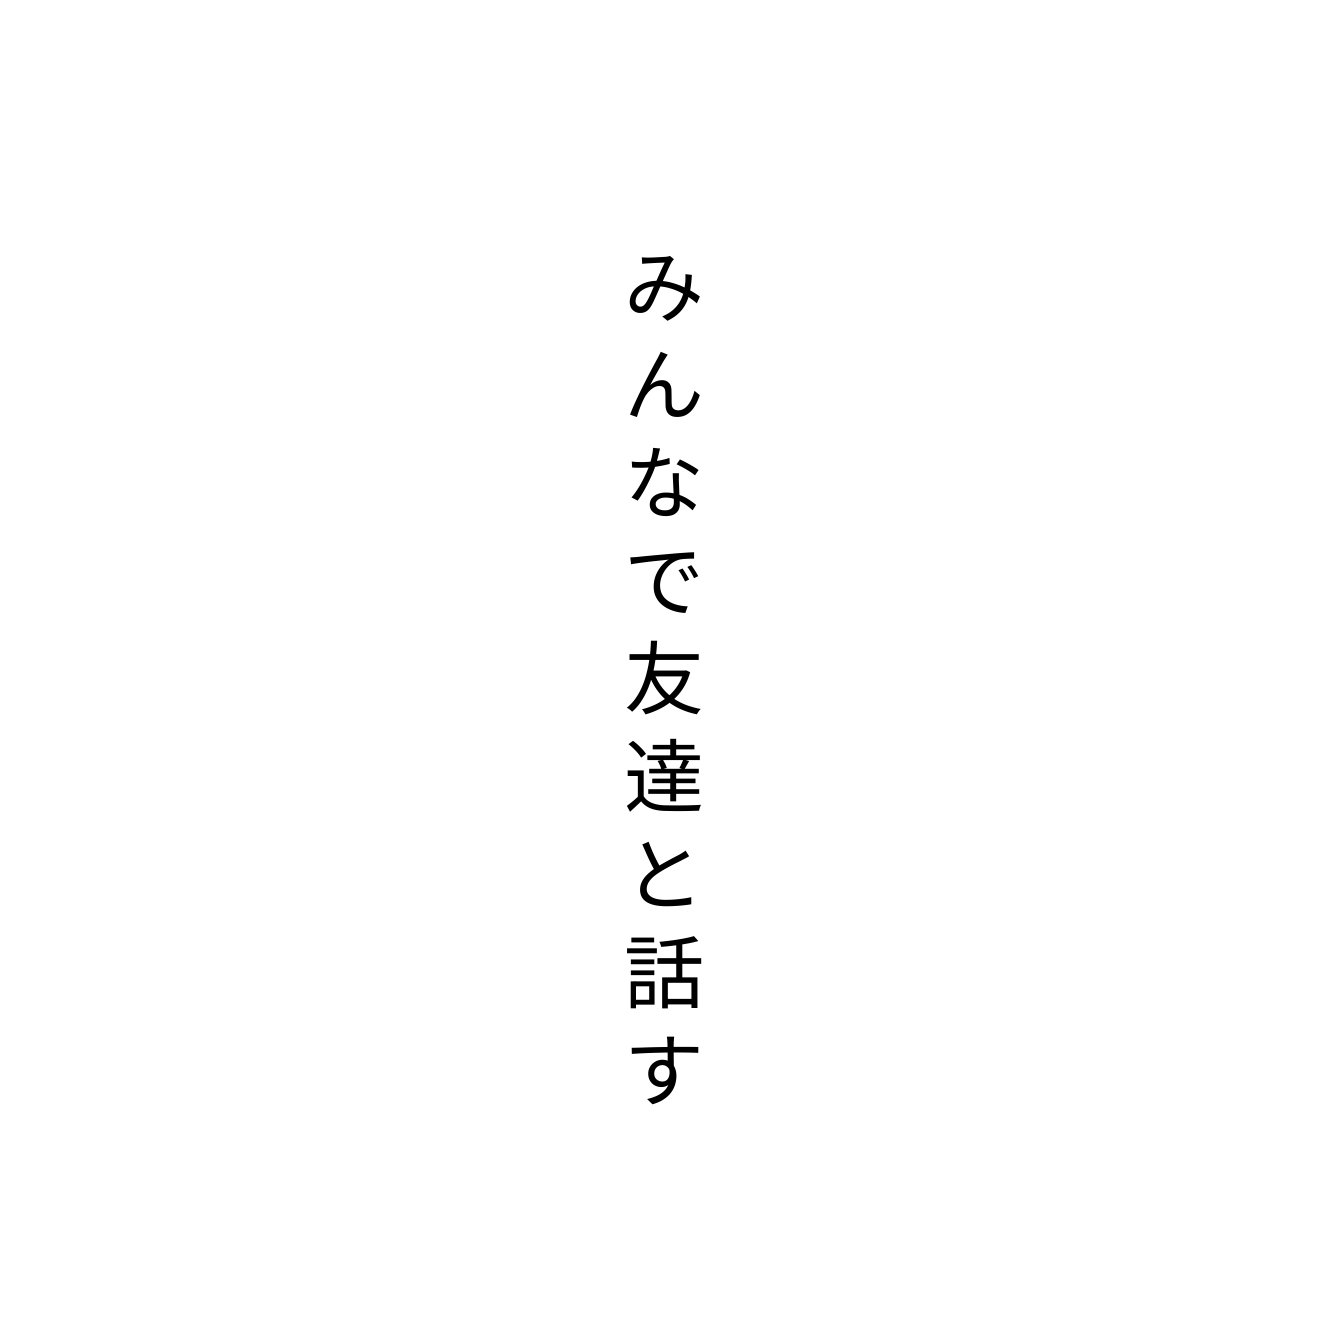
みんなで友達と話す